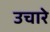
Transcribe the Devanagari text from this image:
उचारे